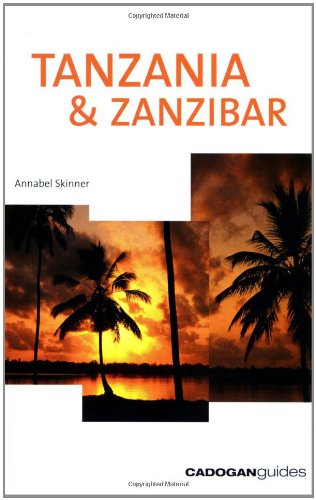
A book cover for Tanzania & Zanzibar, 2nd (Country & Regional Guides - Cadogan); Annabel Skinner; Travel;